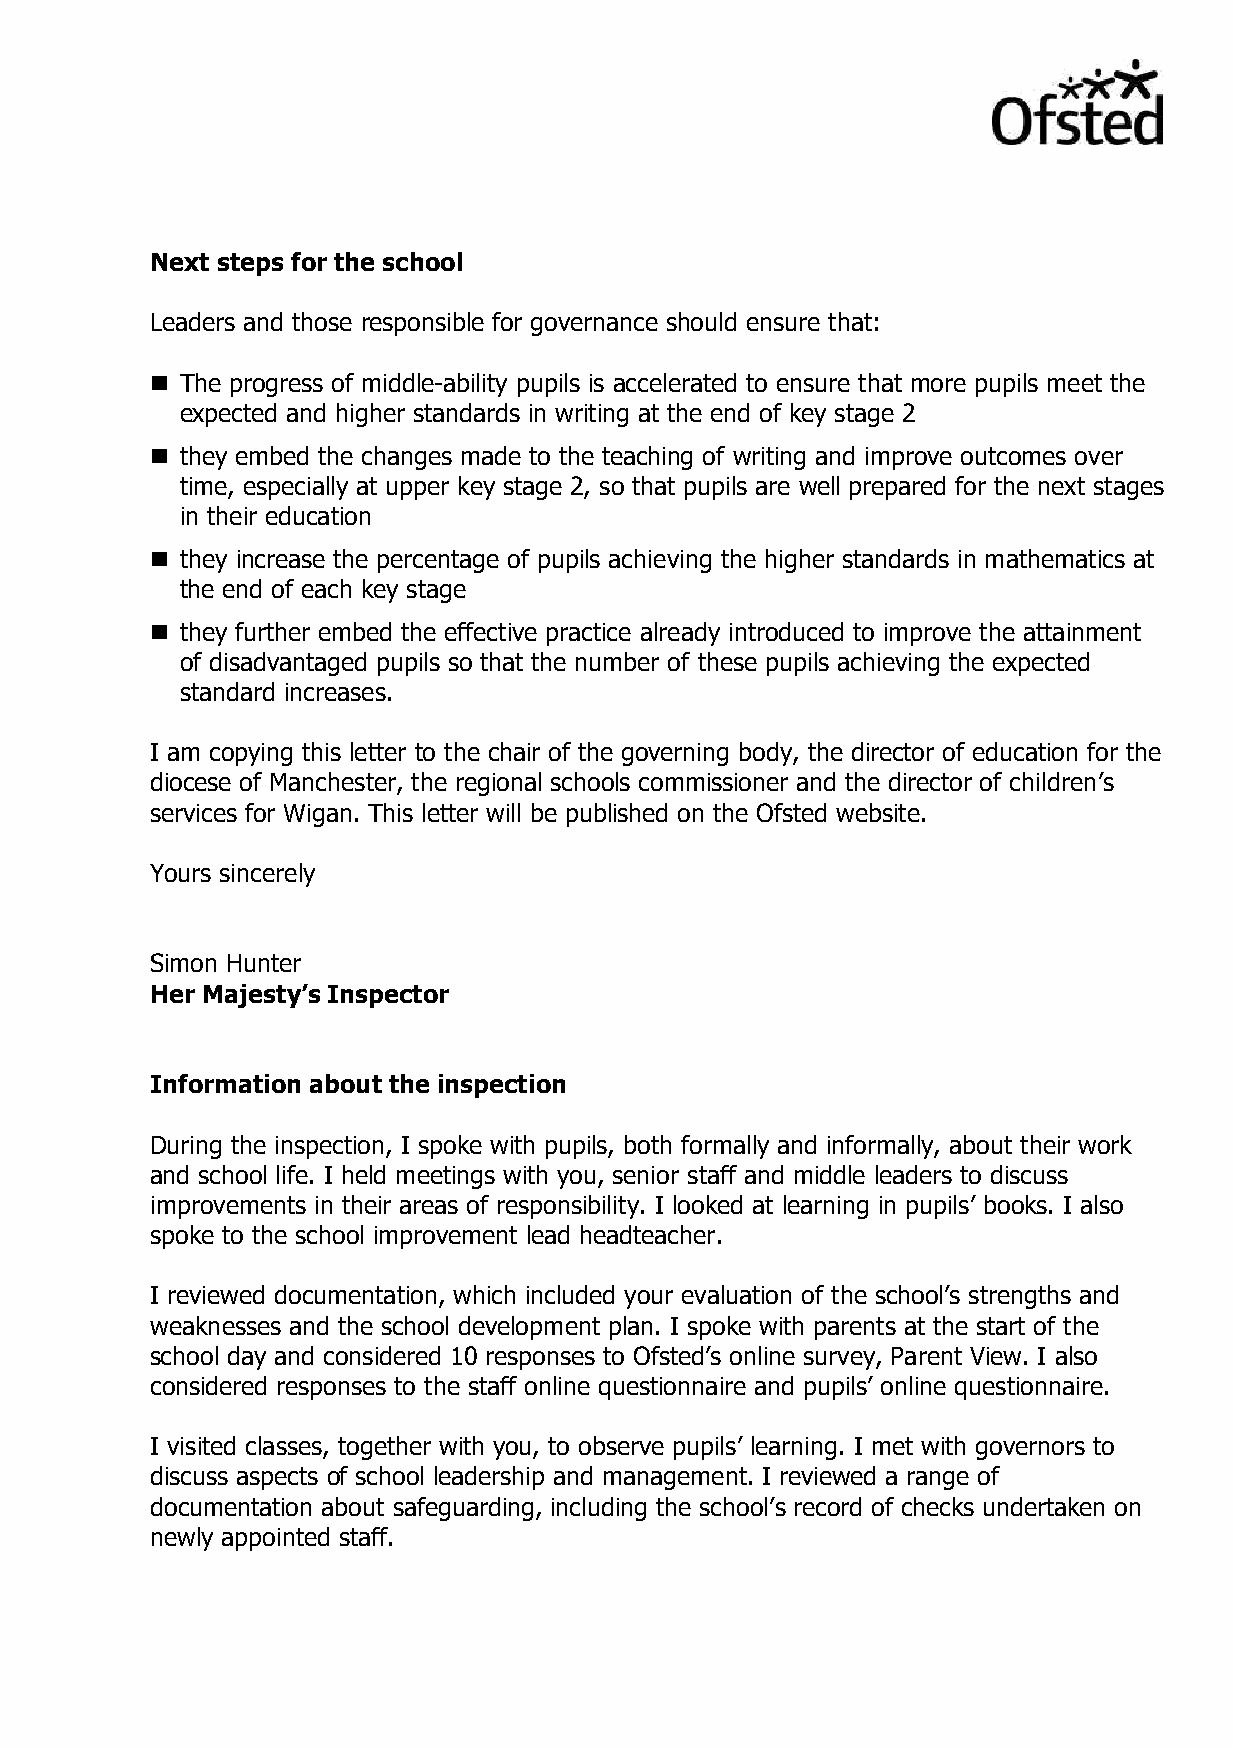
Next steps for the school
 Leaders and those responsible for governance should ensure that:
  The progress of middle-ability pupils is accelerated to ensure that more pupils meet the
 expected and higher standards in writing at the end of key stage 2
  they embed the changes made to the teaching of writing and improve outcomes over
 time, especially at upper key stage 2, so that pupils are well prepared for the next stages
 in their education
  they increase the percentage of pupils achieving the higher standards in mathematics at
 the end of each key stage
  they further embed the effective practice already introduced to improve the attainment
 of disadvantaged pupils so that the number of these pupils achieving the expected
 standard increases.
 I am copying this letter to the chair of the governing body, the director of education for the
 diocese of Manchester, the regional schools commissioner and the director of children’s
 services for Wigan. This letter will be published on the Ofsted website.
 Yours sincerely
 Simon Hunter
 Her Majesty’s Inspector
 Information about the inspection
 During the inspection, I spoke with pupils, both formally and informally, about their work
 and school life. I held meetings with you, senior staff and middle leaders to discuss
 improvements in their areas of responsibility. I looked at learning in pupils’ books. I also
 spoke to the school improvement lead headteacher.
 I reviewed documentation, which included your evaluation of the school’s strengths and
 weaknesses and the school development plan. I spoke with parents at the start of the
 school day and considered 10 responses to Ofsted’s online survey, Parent View. I also
 considered responses to the staff online questionnaire and pupils’ online questionnaire.
 I visited classes, together with you, to observe pupils’ learning. I met with governors to
 discuss aspects of school leadership and management. I reviewed a range of
 documentation about safeguarding, including the school’s record of checks undertaken on
 newly appointed staff.